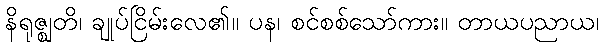
နိရုဇ္ဈတိ၊ ချုပ်ငြိမ်းလေ၏။ ပန၊ စင်စစ်သော်ကား။ တာယပညာယ၊